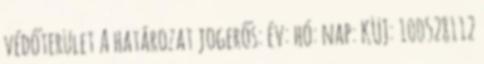
védőterület A határozat jogerős: év: hó: nap: KÜJ: 100528112